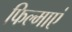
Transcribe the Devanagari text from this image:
फिल्माएं